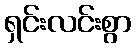
ရှင်းလင်းစွာ